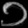
Digit: ၁